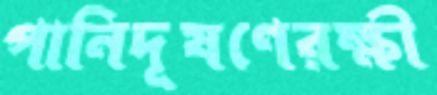
পানিদূষণেরক্ষী